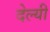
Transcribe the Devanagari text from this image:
देल्यी